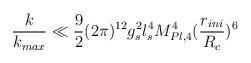
LaTeX: \begin{align*}\frac{k}{k_{max}}\ll \frac{9}{2} (2\pi)^{12} g_s^2 l_s^4M_{Pl,4}^4(\frac{r_{ini}}{R_c})^6\end{align*}